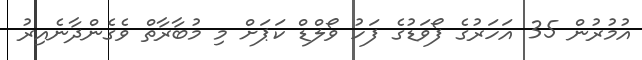
އުމުރުން 35 އަހަރުގެ ފޯވަޑުގެ ފަހު ވޯލްޑް ކަޕަށް މި މުބާރާތް ވެގެންދާނެއިރު